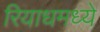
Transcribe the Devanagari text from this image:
रियाधमध्ये